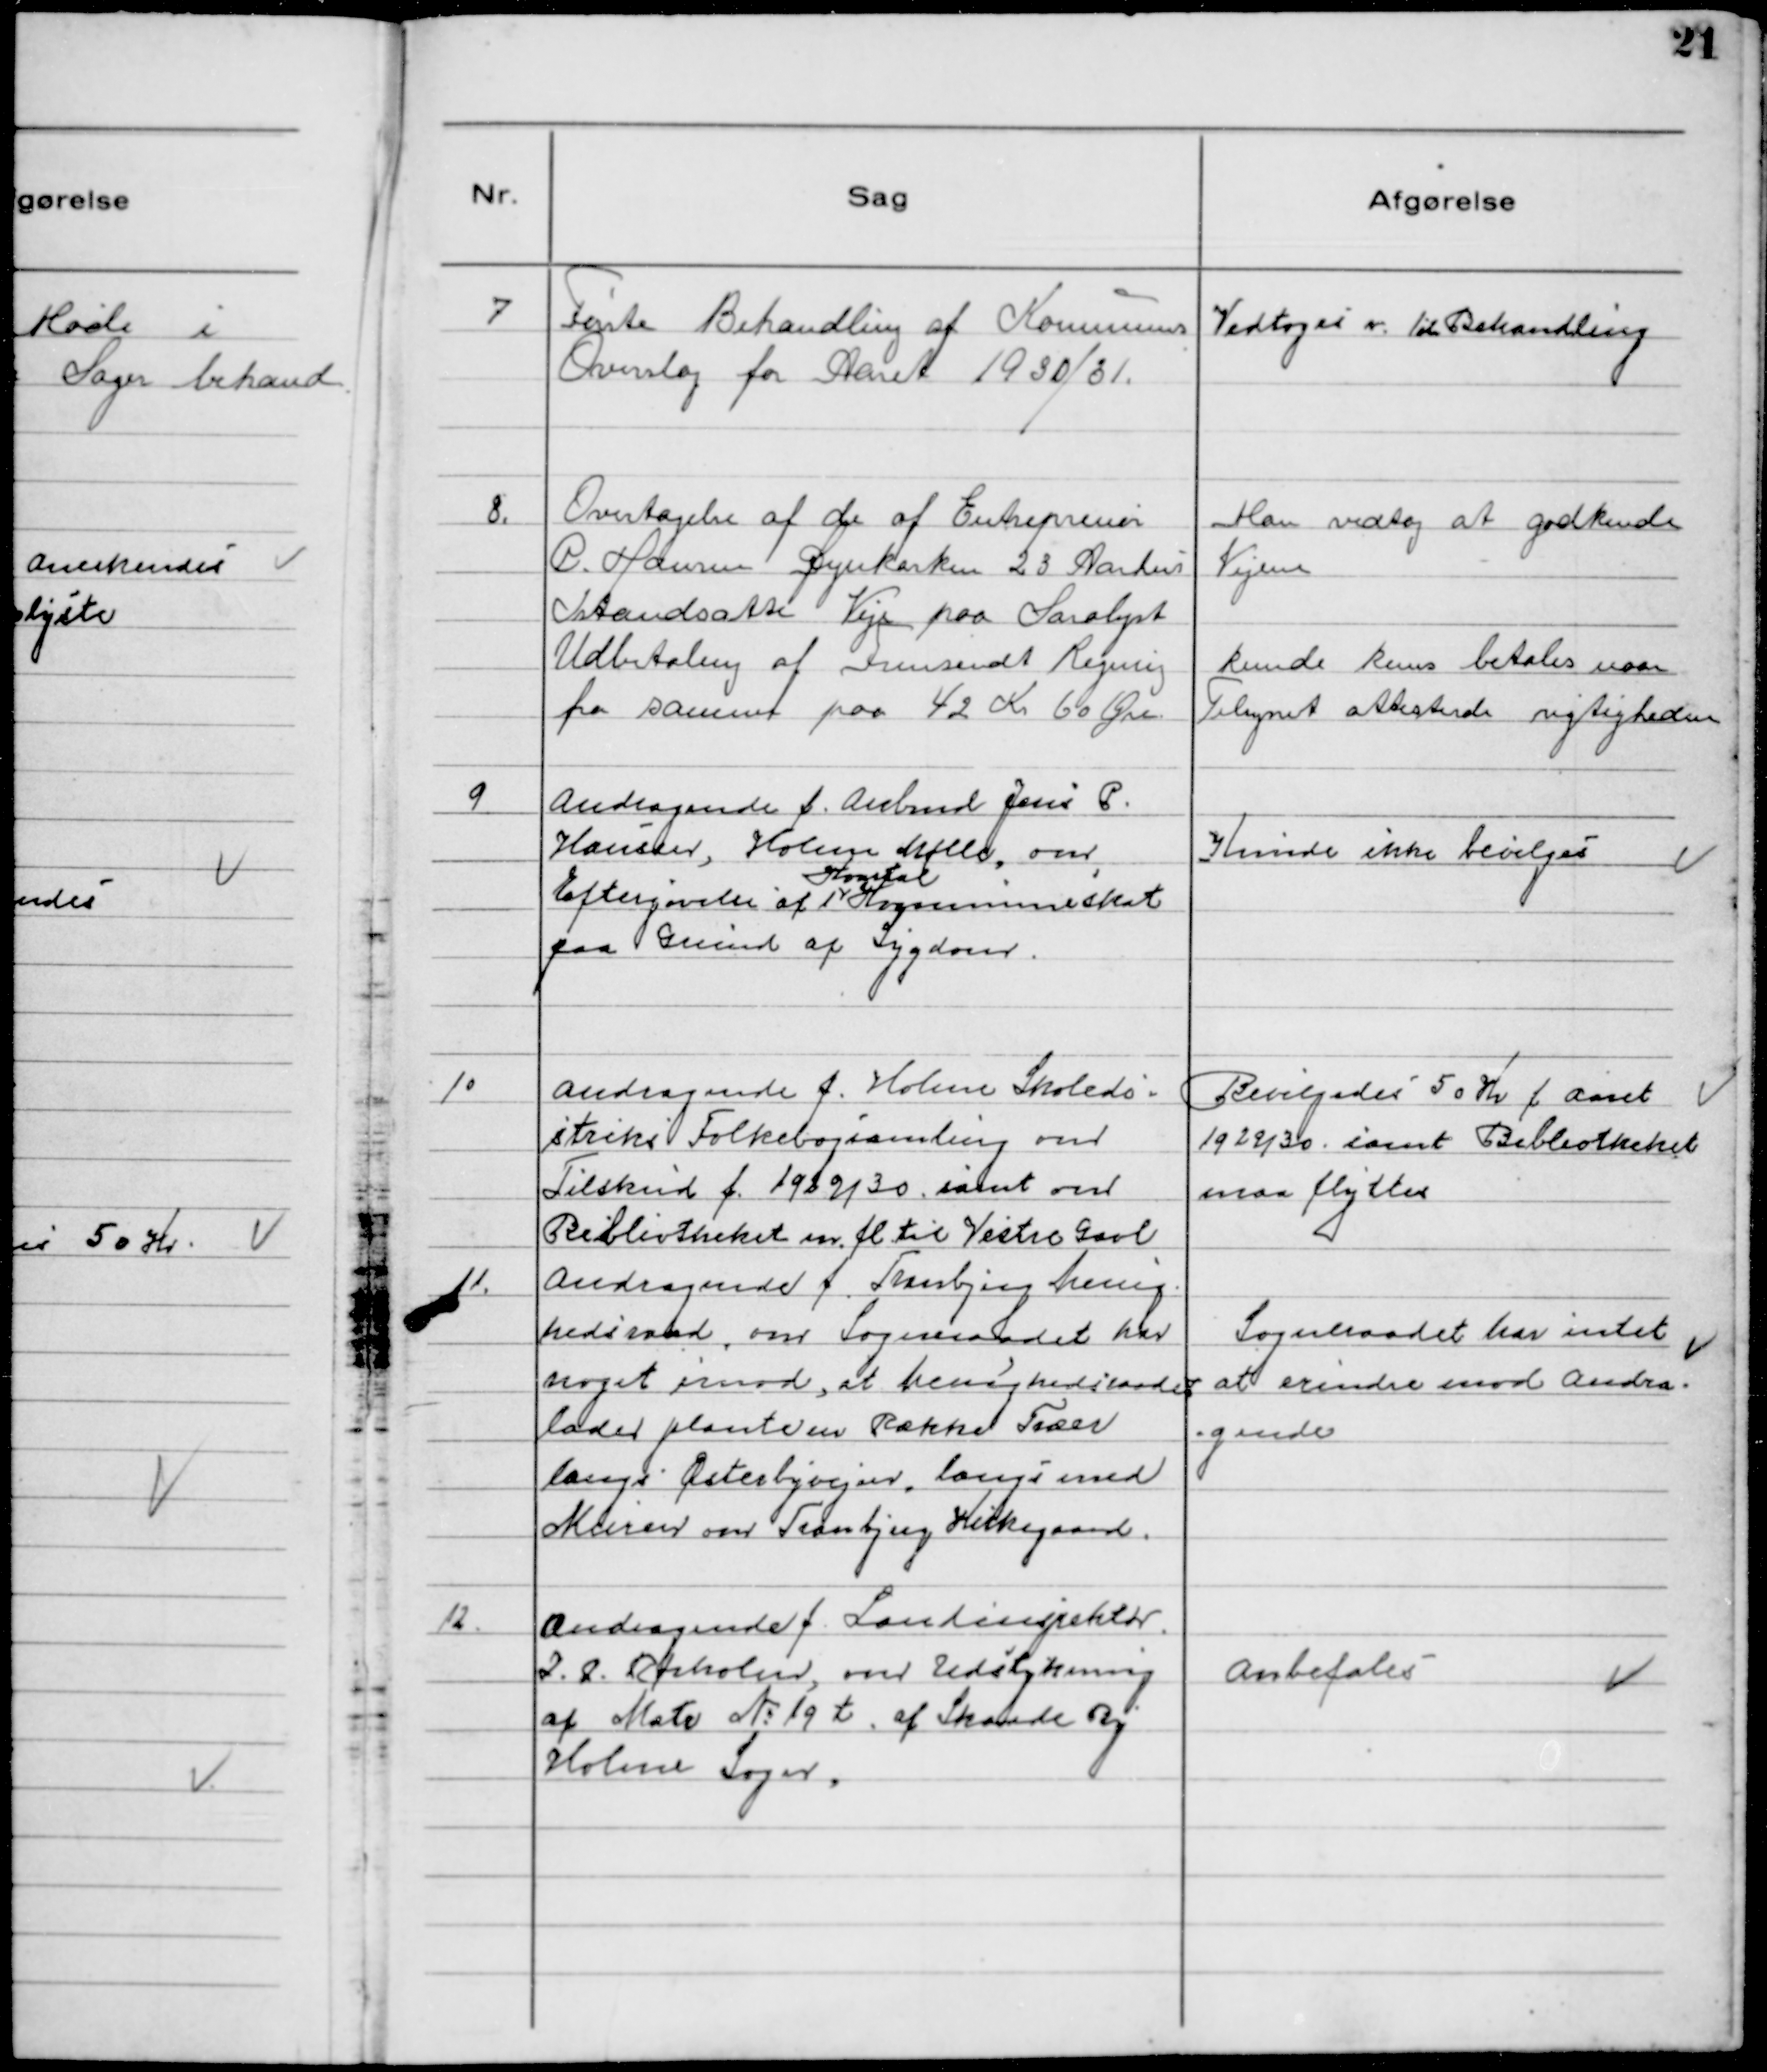
Transskription:
7 
Første Behandling af Kommunens
Overslag for Aaret 1930/31.

Vedtoges v. 1st Behandling

8. 
Overtagelse af de af Entreprenør
P. Hansen Dynkarken 23 Aarhus
Istandsatte Veje paa Saralyst
Udbetaling af Fremsendt Regning
fra samme paa 42 Kr 60 Øre.

Man vedtog at godkende
Vejene
kunde kuns betales naar
Tilsynet attesterde rigtigheden

9 
Andragende f. Arbmd Jens P.
Hansen, Holme Mølle, om
Eftergivelse af 1 
Kvartal
Kommuneskat
paa Grund af Sygdom.

Kunde ikke bevilges

10
Andragende f. Holme Skoledi-
striks Folkebogsamling om
Tilskud f. 1929/30 samt om
Bibliotheket m. fl til Vestre Gavl

Bevilgedes 50 Kr f Aaret
1929/30 samt Bibliotheket
maa flyttes

11.
Andragende f. Tranbjerg Menig-
hedsraad, om Sogneraadet har
noget imod, at Menighedsraadet
lader plante en Række Træer
langs Østerbyvejen, langs med
Muren om Tranbjerg Kirkegaard.

Sogneraadet har intet
at erindre mod Andra-
gende

12. 
Andragende f. Landinspektør
J. P. Rørholm, om Udstykning
af Matr № 19 t af Skaade By
Holme Sogn.

Anbefales